Annual administration report of the Civil Veterinary Department of India - 1892-1893
Year: 1892
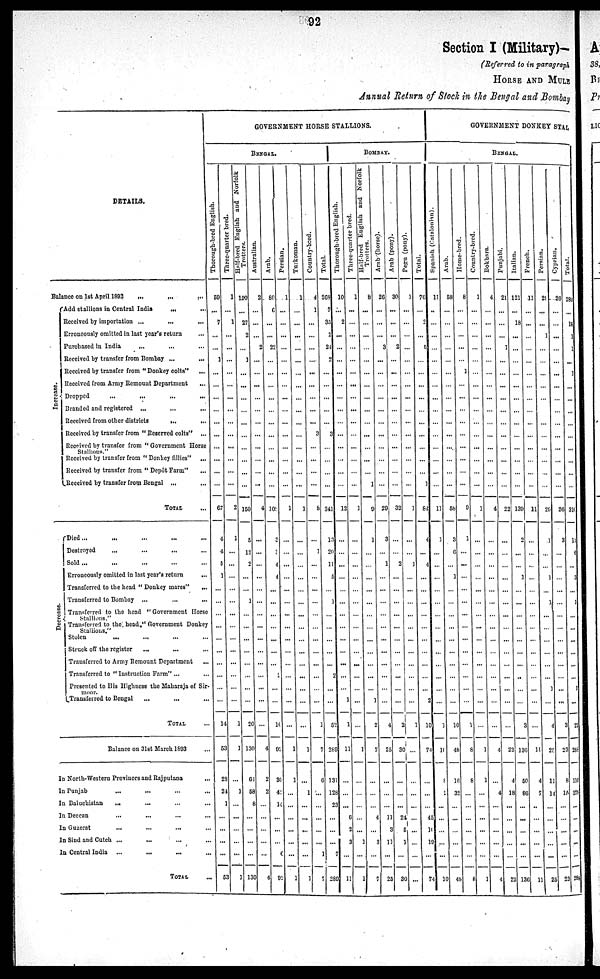
92
Section I (Military)—
(Referred to in paragraph
HORSE AND MULE
Annual Return of Stock in the Bengal and Bombay
DETAILS.
Balance on 1st April 1892
...
...
...
Increase.
De c r
e a s e .
Add stallions in Central India ... ...
Received by importation ...
...
...
Erroneously omitted in last year's return ...
Purchased in India
... ... ...
Received by transfer from Bombay ... ...
Received by transfer from " Donkey colts" ...
Received from Army Remount Department
...
Dropped
...
...
...
...
Branded and registered
... ... ...
Received from other districts
...
...
Received by transfer from " Reserved colts" ...
Received by transfer from " Government Horse
Stallions."
Received by transfer from " Donkey fillies" ...
Received by transfer from " Depôt Farm"
...
Received by transfer from Bengal ... ...
TOTAL ...
Died ... ... ... ... ...
Destroyed ... ... ... ...
Sold ... ... ... ...
Erroneously omitted in last year's return
...
Transferred to the head " Donkey mares"
...
Transferred to Bombay „.
...
...
Transferred to the head " Government Horse
Stallions."
Transferred to the head." Government Donkey
Stallions."
Stolen
...
...
... ...
Struck off the register
... ... ...
Transferred to Army Remount Department ...
Transferred to " Instruction Farm" ... ...
Presented to His Highness the Maharaja of Sir¬
moor.
Transferred to Bengal
...
... ...
TOTAL . . .
Balance on 31st March 1893 ...
In North-Western Provinces and Rajputana
...
In Punjab
...
...
...
...
In Baluchistan
... ... ... ...
In Deccan
... ... ... ...
In Guzerat ... ... ... ...
In Sind and Cutch ... ... ... ...
In Central India ...
...
...
...
TOTAL
...
GOVERNMENT HORSE STALLIONS.
BENGAL.
Thorough-bred English.
50
...
7
...
...
1
...
...
...
...
...
...
...
...
...
...
67
4
4
5
1
...
...
...
...
...
...
...
...
...
...
14
53
28
24
1
...
...
...
...
53
Three-quarter bred.
1
...
1
...
...
...
...
...
...
...
...
...
...
...
...
...
2
1
...
...
...
...
...
...
...
...
...
...
...
...
...
1
1
...
1
...
...
...
...
...
1
Half-bred English and Norfolk
Trotters.
120
...
27
2
...
1
...
...
...
...
...
...
...
...
...
...
150
5
12
2
...
...
1
...
...
...
...
...
...
...
20
130
64
58
8
...
...
...
...
130
Australian.
2
...
...
...
2
...
...
...
...
...
...
...
...
...
...
...
4
...
...
...
...
...
...
...
...
...
...
...
...
...
...
...
4
2
2
...
...
...
...
...
4
Arab.
80
6
...
...
22
...
...
...
...
...
...
...
...
...
...
...
108
3
3
4
4
...
...
...
...
...
...
...
2
...
...
10
92
36
42
14
...
...
...
6
92
Persian.
1
...
...
...
...
...
...
...
...
...
...
...
...
...
...
...
1
...
...
...
...
...
...
...
...
...
...
...
...
...
...
...
1
1
...
...
...
...
...
...
1
Turkoman.
1
...
...
...
...
...
...
...
...
...
...
...
...
...
...
...
1
...
...
...
...
...
...
...
...
...
...
...
...
...
...
...
1
...
1
...
...
...
...
...
1
Country-bred.
4
1
...
...
...
...
...
...
...
...
...
3
...
...
...
...
8
...
1
...
...
...
...
...
...
...
...
...
...
...
...
1
7
6
...
...
...
...
...
...
5
Total.
268
7
35
2
24
2
...
...
...
...
...
3
...
...
...
...
341
13
20
11
5
...
1
...
...
...
...
...
2
...
...
52
289
131
128
23
...
...
...
1
289
BOMBAY.
Thorough-bred English.
10
...
2
...
...
...
...
...
...
...
...
...
...
...
...
...
12
...
...
...
...
...
...
...
...
...
...
...
...
...
1
1
11
...
...
...
6
2
3
7
11
Three-quarter bred.
1
...
...
...
...
...
...
...
...
...
...
...
...
...
...
...
1
...
...
...
...
...
...
...
...
...
...
...
...
...
...
...
1
...
...
...
...
...
1
...
1
Half-bred English and Norfolk
Trotters.
8
...
...
...
...
...
...
...
...
...
...
...
...
...
...
1
9
1
...
...
...
...
...
...
...
...
...
...
...
...
1
2
7
...
...
...
4
...
3
...
7
Arab (horse).
26
...
...
...
3
...
...
...
...
...
...
...
...
...
...
...
29
3
...
1
...
...
...
...
...
...
...
...
...
...
...
4
25
...
...
...
11
3
11
...
25
Arab (pony).
30
...
...
...
2
...
...
...
...
...
...
...
...
...
...
...
32
...
...
2
...
...
...
...
...
...
...
...
...
...
...
2
30
...
...
...
24
5
1
...
30
Pegu (pony).
1
...
...
...
...
...
...
...
...
...
...
...
...
...
...
...
1
...
...
1
...
...
...
...
...
...
...
...
...
...
1
...
...
...
...
...
...
...
...
...
Total.
76
...
2
...
5
...
...
...
...
...
...
...
...
...
...
1
84
4
...
4
...
...
...
...
...
...
...
...
...
...
2
10
74
...
...
...
45
10
19
...
74
GOVERNMENT DONKEY STAL
BENGAL.
Spanish (Catalonian).
11
...
...
...
...
...
...
...
...
...
...
...
...
...
...
...
11
1
...
...
...
...
...
...
...
...
...
...
...
...
...
1
10
8
2
...
...
...
...
...
10
Arab.
58
...
...
...
...
...
...
...
...
...
...
...
...
...
...
...
58
3
6
...
1
...
...
...
...
...
...
...
...
...
...
10
46
16
32
...
...
...
...
...
48
Home-bred.
8
...
...
...
...
...
1
...
...
...
...
...
...
...
...
...
9
1
...
...
...
...
...
...
...
...
...
...
...
...
...
1
8
8
...
...
...
...
...
...
8
Country-bred.
1
...
...
...
...
...
...
...
...
...
...
...
...
...
...
...
1
...
...
...
...
...
...
...
...
...
...
...
...
...
...
...
1
1
...
...
...
...
...
...
1
Bokhara.
4
...
...
...
...
...
...
...
...
...
...
...
...
...
...
...
4
...
...
...
...
...
...
...
...
...
...
...
...
...
...
...
4
...
4
...
...
...
...
...
4
Punjabi.
21
...
...
...
3
...
...
...
...
...
...
...
...
...
...
...
22
...
...
...
...
...
...
...
...
...
...
...
...
...
...
...
22
4
18
...
...
...
...
...
22
Italian.
121
...
18
...
...
...
...
...
...
...
...
...
...
...
...
...
139
2
...
...
1
...
...
...
...
...
...
...
...
...
...
3
136
50
86
...
...
...
...
...
130
French.
11
...
...
...
...
...
...
...
...
...
...
...
...
...
...
...
11
...
...
...
...
...
...
...
...
...
...
...
...
...
...
...
11
4
7
...
...
...
...
...
11
Persian.
28
...
...
1
...
...
...
...
...
...
...
...
...
...
...
...
29
1
...
...
1
...
1
...
...
...
...
...
...
1
...
4
25
11
14
...
...
...
...
...
25
Cyprian.
26
...
...
...
...
...
...
...
...
...
...
...
...
...
...
...
26
3
...
...
...
...
...
...
...
...
...
...
...
...
...
3
23
8
15
...
...
...
...
...
23
Total.
289
...
18
1
1
...
1
...
...
...
...
...
...
...
...
...
310
11
6
...
3
...
1
...
...
...
...
...
...
1
...
22
288
110
178
...
...
...
...
...
288